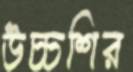
উচ্চশির